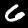
Label: 6